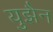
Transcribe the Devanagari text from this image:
युझैन